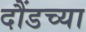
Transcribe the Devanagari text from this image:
दौंडच्या